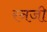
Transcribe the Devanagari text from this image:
रनजी